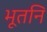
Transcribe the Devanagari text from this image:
भूतनि